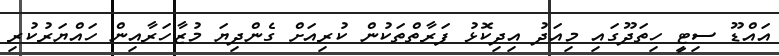
އައްޑޫ ސިޓީ ހިތަދޫގައި މިއަދު އިދިކޮޅު ފަރާތްތަކުން ކުރިއަށް ގެންދިޔަ މުޒާހަރާއިން ހައްޔަރުކުރި